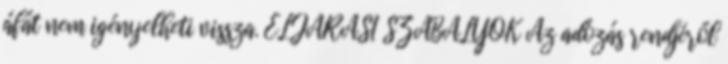
áfát nem igényelheti vissza. ELJÁRÁSI SZABÁLYOK Az adózás rendjéről